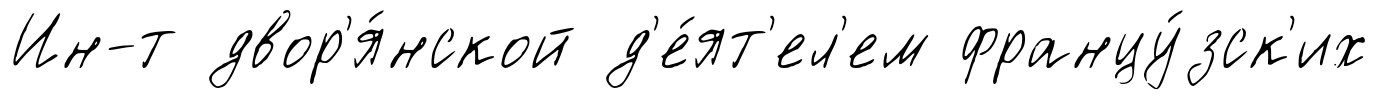
Ин-т двор'я́нской д'е́ят'ел'ем францу́зск'их